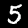
Label: 5